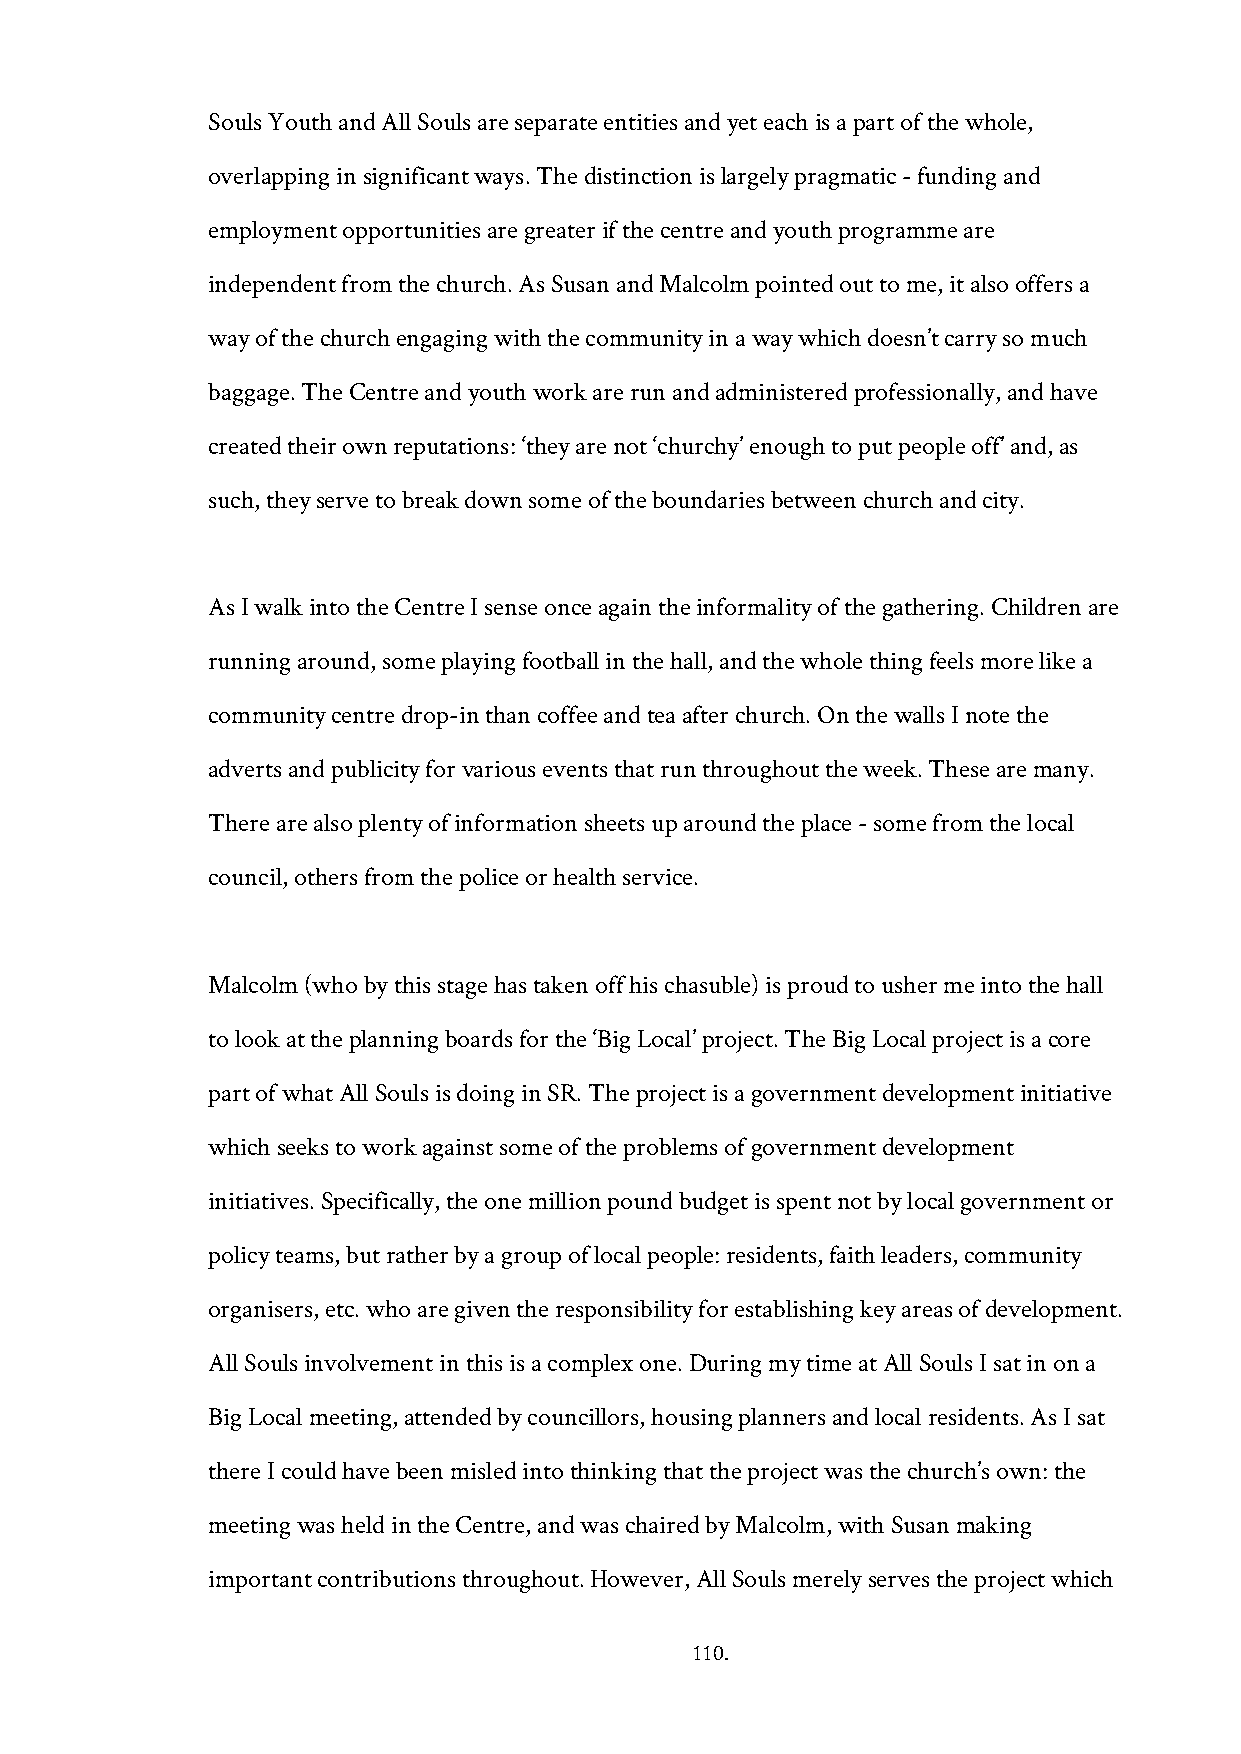
Souls Youth and All Souls are separate entities and yet each is a part of the whole,
 overlapping in significant ways. The distinction is largely pragmatic - funding and
 employment opportunities are greater if the centre and youth programme are
 independent from the church. As Susan and Malcolm pointed out to me, it also offers a
 way of the church engaging with the community in a way which doesn’t carry so much
 baggage. The Centre and youth work are run and administered professionally, and have
 created their own reputations: ‘they are not ‘churchy’ enough to put people off’ and, as
 such, they serve to break down some of the boundaries between church and city.
 As I walk into the Centre I sense once again the informality of the gathering. Children are
 running around, some playing football in the hall, and the whole thing feels more like a
 community centre drop-in than coffee and tea after church. On the walls I note the
 adverts and publicity for various events that run throughout the week. These are many.
 There are also plenty of information sheets up around the place - some from the local
 council, others from the police or health service.
 Malcolm (who by this stage has taken off his chasuble) is proud to usher me into the hall
 to look at the planning boards for the ‘Big Local’ project. The Big Local project is a core
 part of what All Souls is doing in SR. The project is a government development initiative
 which seeks to work against some of the problems of government development
 initiatives. Specifically, the one million pound budget is spent not by local government or
 policy teams, but rather by a group of local people: residents, faith leaders, community
 organisers, etc. who are given the responsibility for establishing key areas of development.
 All Souls involvement in this is a complex one. During my time at All Souls I sat in on a
 Big Local meeting, attended by councillors, housing planners and local residents. As I sat
 there I could have been misled into thinking that the project was the church’s own: the
 meeting was held in the Centre, and was chaired by Malcolm, with Susan making
 important contributions throughout. However, All Souls merely serves the project which
 110.